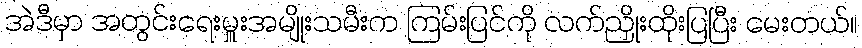
အဲဒီမှာ အတွင်းရေးမှူးအမျိုးသမီးက ကြမ်းပြင်ကို လက်ညှိုးထိုးပြပြီး မေးတယ်။